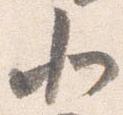
北